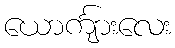
ယောင်္ကျားလေး